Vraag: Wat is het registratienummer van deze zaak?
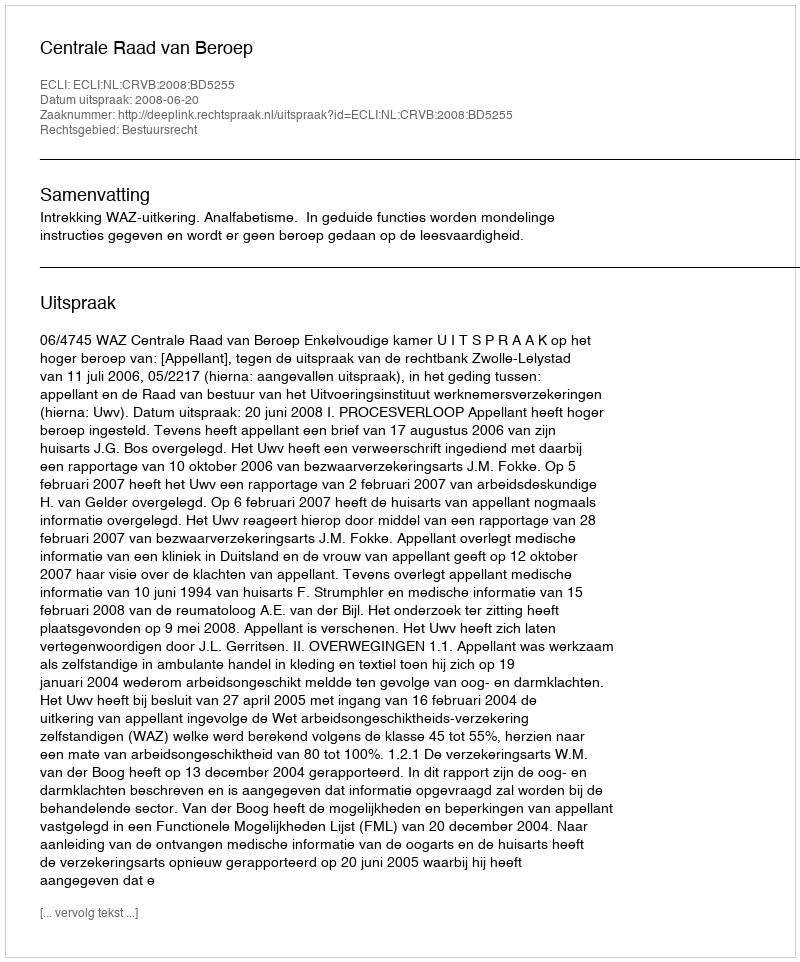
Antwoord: http://deeplink.rechtspraak.nl/uitspraak?id=ECLI:NL:CRVB:2008:BD5255